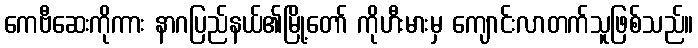
ကေဗီဆေးကိုကား နာဂပြည်နယ်၏မြို့တော် ကိုဟီးမားမှ ကျောင်းလာတက်သူဖြစ်သည်။